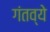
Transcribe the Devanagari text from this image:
गंतव्ये